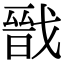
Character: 戩